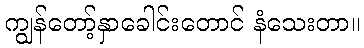
ကျွန်တော့်နှာခေါင်းတောင် နံသေးတာ။